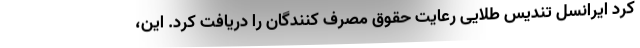
کرد ایرانسل تندیس طلایی رعایت حقوق مصرف کنندگان را دریافت کرد. این،